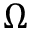
\Omega